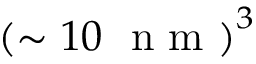
\left( \sim 1 0 \mathrm { ~ \ n ~ m ~ } \right) ^ { 3 }